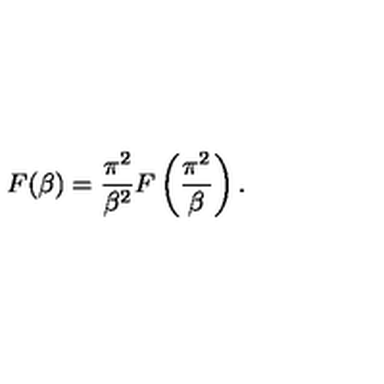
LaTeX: F ( \beta ) = \frac { \pi ^ { 2 } } { \beta ^ { 2 } } F \left( \frac { \pi ^ { 2 } } { \beta } \right) .